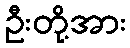
ဦးတို့အား